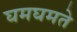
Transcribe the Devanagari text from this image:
घमघमते